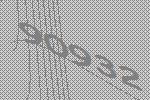
90932